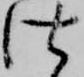
仕